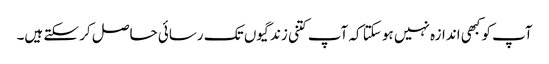
آپ کو کبھی اندازہ نہیں ہو سکتا کہ آپ کتنی زندگیوں تک رسائی حاصل کر سکتے ہیں۔